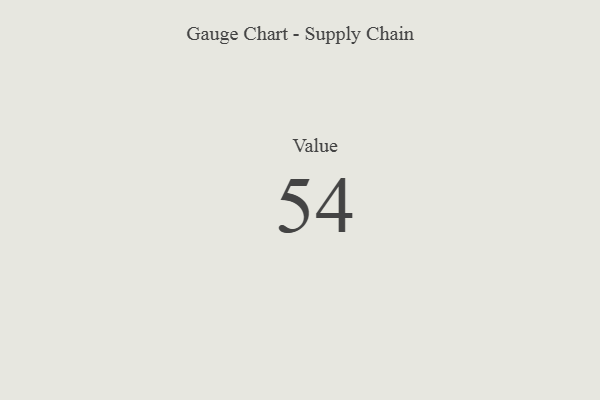
{"axis": {"x": "Metric", "y": "Value"}, "legend": [""], "data": [{"x": "Value", "y": 54, "type": ""}]}